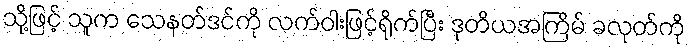
သို့ဖြင့် သူက သေနတ်ဒင်ကို လက်ဝါးဖြင့်ရိုက်ပြီး ဒုတိယအကြိမ် ခလုတ်ကို